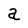
Character: a